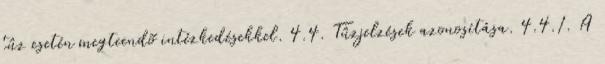
tûz esetén megteendõ intézkedésekkel. 4.4. Tûzjelzések azonosítása. 4.4.1. A